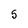
Character: 5